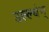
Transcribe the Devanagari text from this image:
उल्ल्घंन्